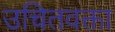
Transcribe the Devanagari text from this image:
उचितवक्ता